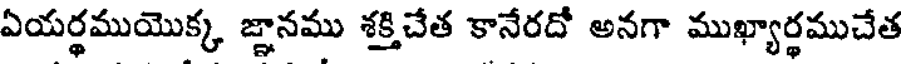
ఏయర్థముయొక్క జ్ఞానము శక్తిచేత కానేరదో అనగా ముఖ్యార్థముచేత